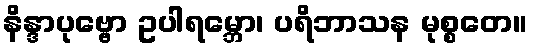
နိန္ဒာပုဗ္ဗော ဥပါရမ္ဘော၊ ပရိဘာသန မုစ္စတေ။